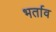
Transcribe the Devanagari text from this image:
भर्ताव